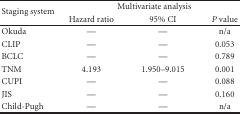
<table><thead><tr><td rowspan="2"><b>Staging system</b></td><td colspan="3"><b>Multivariate analysis</b></td></tr><tr><td><b>Hazard ratio</b></td><td><b>95% CI</b></td><td><b><i>P</i> value</b></td></tr></thead><tbody><tr><td>Okuda</td><td>—</td><td>—</td><td>n/a</td></tr><tr><td>CLIP</td><td>—</td><td>—</td><td>0.053</td></tr><tr><td>BCLC</td><td>—</td><td>—</td><td>0.789</td></tr><tr><td>TNM</td><td>4.193</td><td>1.950–9.015</td><td>0.001</td></tr><tr><td>CUPI</td><td>—</td><td>—</td><td>0.088</td></tr><tr><td>JIS</td><td>—</td><td>—</td><td>0.160</td></tr><tr><td>Child-Pugh</td><td>—</td><td>—</td><td>n/a</td></tr></tbody></table>